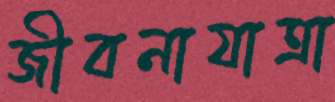
জীবনাযাত্রা